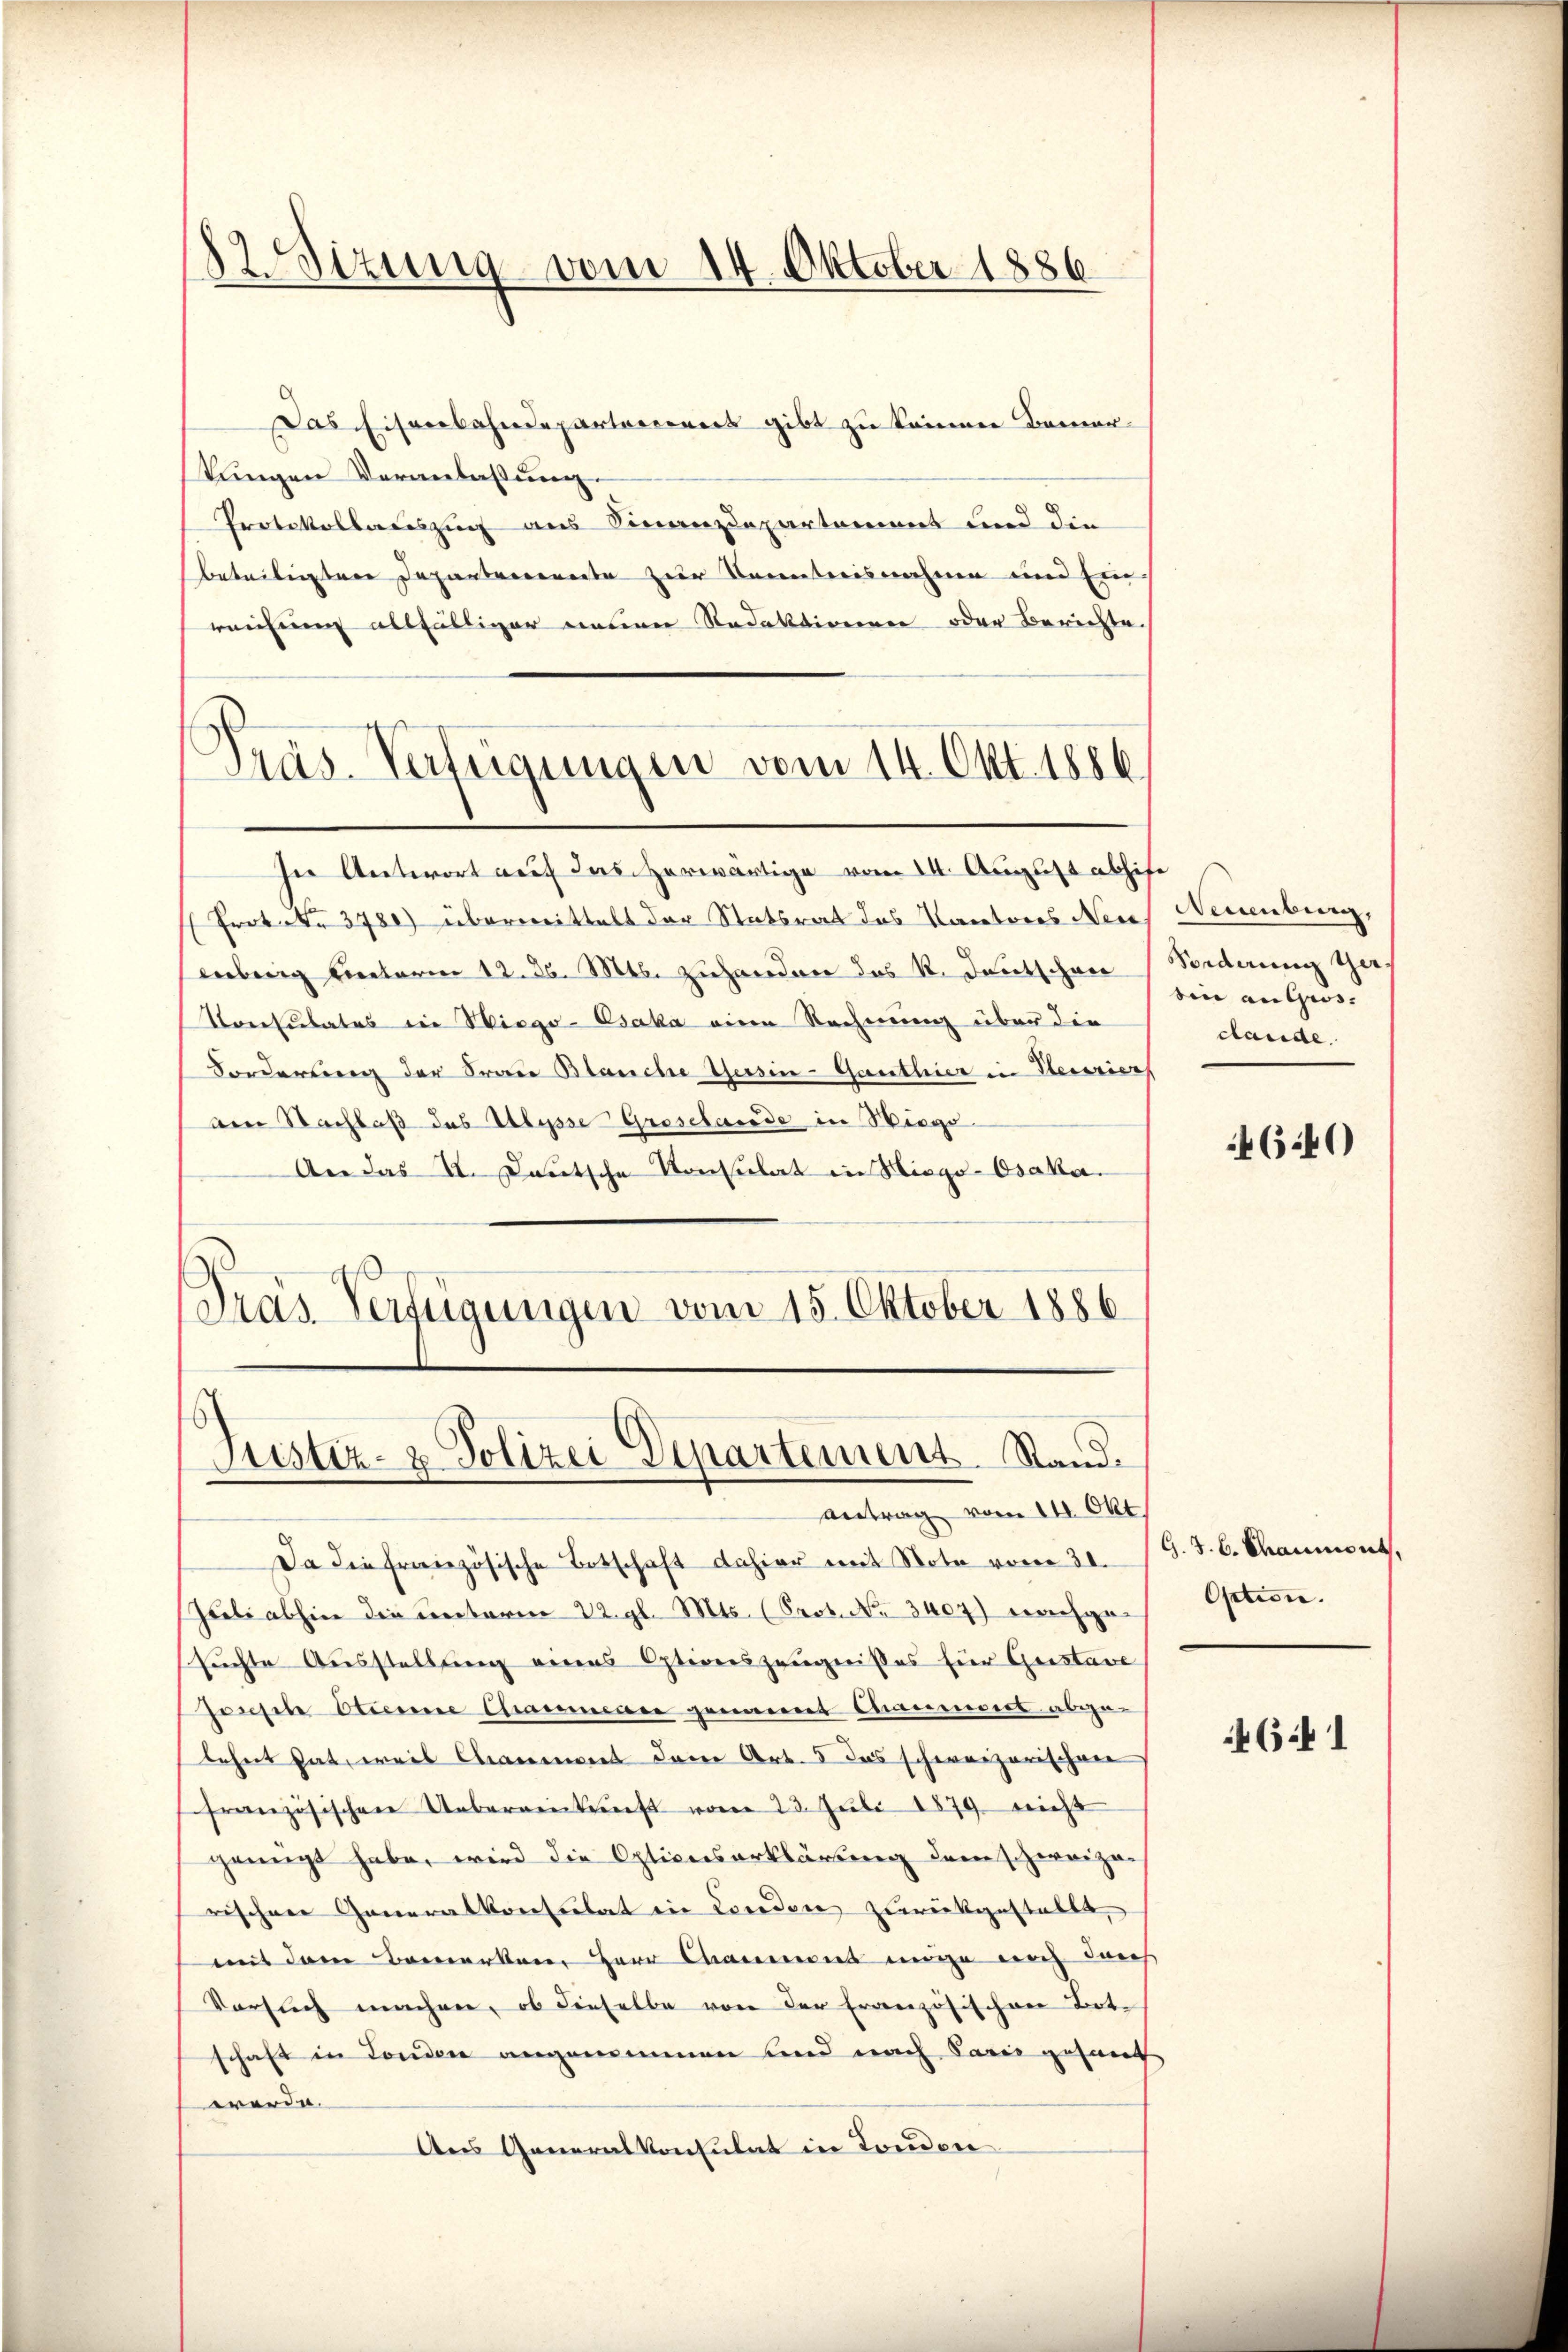
82 Sizung vom 14. Oktober 1886

Das Eisenbahndepartariorers gibt zu kommen Bemer-
kungen Veranlassung.
Protokollateszug aus Finanzdepartement und die
beteiligten Depanterrenate zur Kenntnisnahme und Einreichnung allfälliger neuen Redaktiven oder Berichte.
Präs. Verfügungen vom 14. Okt. 1886.

In Antwort auf das herwärtige vom 14. August abhise
Prot. No 3780) übermittelt der Statsrat des Kantores Neue
enberg Einterm 12. 26. Mts. zuhanden das R. Deutschen
Konsulates in Wiego-Osaka eine Rechnung über die
Forderung der Frau Blanche Gesin-Ganthier in Terrier
am Nachlaß des Ulysse Groselande in Wiege
An das V. Deutsche Konsulat in Hiego-Osaka.
Gras Verfügungen vom 15. Oktober 1886

s
Justiz- & Polizei Departement. Stand.

Antrag vom 14. Okt.
Da die französische Botschaft dahier mit Note vom 31.
Zueli abhin die unterm 22. gl. Mts. (Prot. No 3407) nachgesuchte Ausstellung eines Optionszeugnisses für Gustave
Jossen Stienne Chammener genannt Ammons abge-
lehnt hat, weis Chamment dere Art. 5 das schweizerischen
ffranzösischen Uebereinkunft vom 23. Juli 1879 nicht
genügt habe, wird die Optionserklärung dem schweize-
rischen Generalkonsulat in London zurückgestellt,
mit dem Bemerken Herr Cammens möge noch durch
Versuch machen, ob dieselbe von der französischen Bote
schaft in Fonden angenommen und nach Paris gesand
werde.
Aus Generalkonsulat in London

Neuenburg.
Vorderung Ger
bine anges.
dande.

4640)

G. J. C. Chaumont,
Option.

464 1